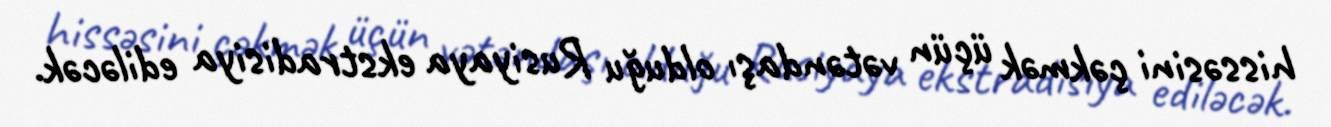
hissəsini çəkmək üçün vətəndaşı olduğu Rusiyaya ekstradisiya ediləcək.